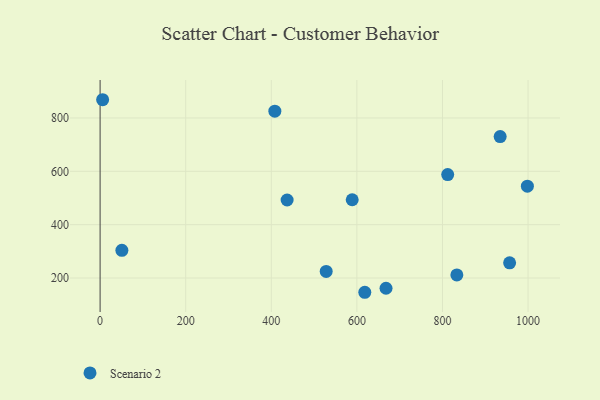
{"axis": {"x": "Speed", "y": "Yield"}, "legend": ["Scenario 2"], "data": [{"x": "934.8", "y": 730.3, "type": "Scenario 2"}, {"x": "998.4", "y": 544.1, "type": "Scenario 2"}, {"x": "437.0", "y": 492.5, "type": "Scenario 2"}, {"x": "956.9", "y": 257.0, "type": "Scenario 2"}, {"x": "833.6", "y": 211.7, "type": "Scenario 2"}, {"x": "812.2", "y": 587.6, "type": "Scenario 2"}, {"x": "5.9", "y": 868.4, "type": "Scenario 2"}, {"x": "528.3", "y": 224.8, "type": "Scenario 2"}, {"x": "668.1", "y": 161.5, "type": "Scenario 2"}, {"x": "408.3", "y": 825.5, "type": "Scenario 2"}, {"x": "618.5", "y": 146.5, "type": "Scenario 2"}, {"x": "589.1", "y": 493.3, "type": "Scenario 2"}, {"x": "50.9", "y": 303.8, "type": "Scenario 2"}]}